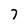
Character: 7